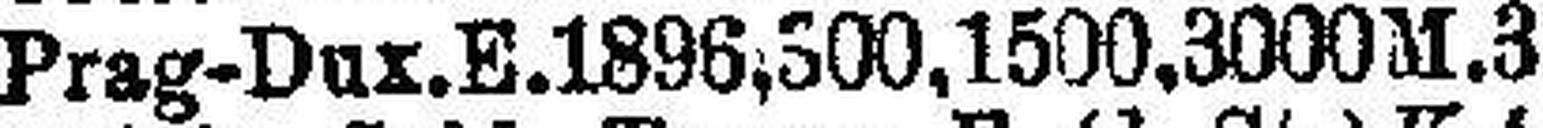
Prag-Dux. E. 1896, 500, 1500, 3000M. 3